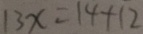
1 3 x = 1 4 + 1 2